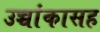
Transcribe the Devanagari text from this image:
उच्चांकासह